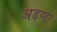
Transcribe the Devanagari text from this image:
अडप्पा